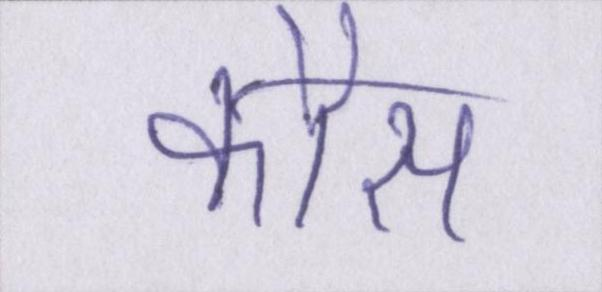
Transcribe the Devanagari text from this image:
कोस